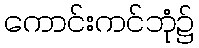
ကောင်းကင်ဘုံ၌